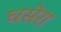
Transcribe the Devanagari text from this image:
घसेरा